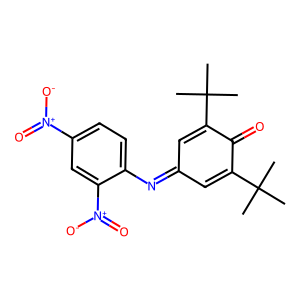
SMILES: CC(C)(C)C1=CC(=Nc2ccc([N+](=O)[O-])cc2[N+](=O)[O-])C=C(C(C)(C)C)C1=O
Inhibits HIV replication: No